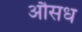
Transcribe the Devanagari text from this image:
औसध